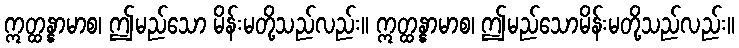
ဣတ္ထန္နာမာစ၊ ဤမည်သော မိန်းမတို့သည်လည်း။ ဣတ္ထန္နာမာစ၊ ဤမည်သောမိန်းမတို့သည်လည်း။